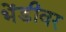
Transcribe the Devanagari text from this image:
भेंडीवर